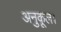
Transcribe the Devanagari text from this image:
अनुकूल।